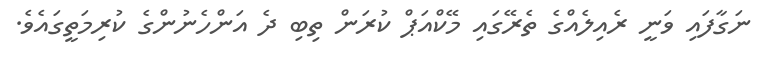
ނަގާފައި ވަނީ ރެއިލެއްގެ ތެރޭގައި މޭކްއަޕް ކުރަން ތިބި ދެ އަންހެނުންގެ ކުރިމަތީގައެވެ.